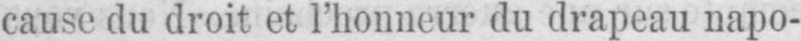
cause du droit et l’honneur du drapeau napo-